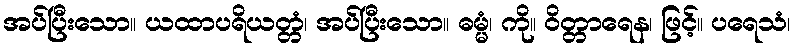
အပ်ပြီးသော။ ယထာပရိယတ္တံ၊ အပ်ပြီးသော။ ဓမ္မံ၊ ကို။ ဝိတ္တာရေန၊ ဖြင့်။ ပရေသံ၊